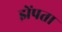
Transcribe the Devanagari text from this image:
झेंपता